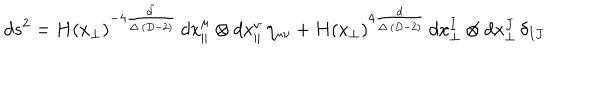
d s ^ { 2 } = H ( x _ { \perp } ) ^ { - 4 \frac { \tilde { d } } { \Delta \, ( D - 2 ) } } \, d x _ { \parallel } ^ { \mu } \otimes d x _ { \parallel } ^ { \nu } \, \eta _ { \mu \nu } + H ( x _ { \perp } ) ^ { 4 \frac { d } { \Delta \, ( D - 2 ) } } \, d x _ { \perp } ^ { I } \otimes d x _ { \perp } ^ { J } \, \delta _ { I J }